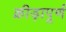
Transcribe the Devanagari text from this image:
क्रीड़ापूर्ण